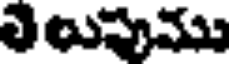
తెలుపుము